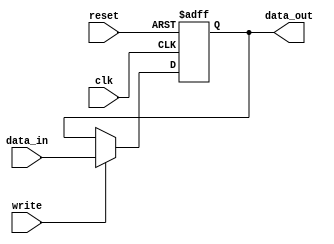
module dbg_register (
                      data_in, 
                      data_out, 
                      write, 
                      clk, 
                      reset
                    );


parameter WIDTH = 8; // default parameter of the register width
parameter RESET_VALUE = 0;


input   [WIDTH-1:0] data_in;
input               write;
input               clk;
input               reset;

output  [WIDTH-1:0] data_out;
reg     [WIDTH-1:0] data_out;



always @ (posedge clk or posedge reset)
begin
  if(reset)
    data_out[WIDTH-1:0] <=  RESET_VALUE;
  else if(write)
    data_out[WIDTH-1:0] <=  data_in[WIDTH-1:0];
end


endmodule